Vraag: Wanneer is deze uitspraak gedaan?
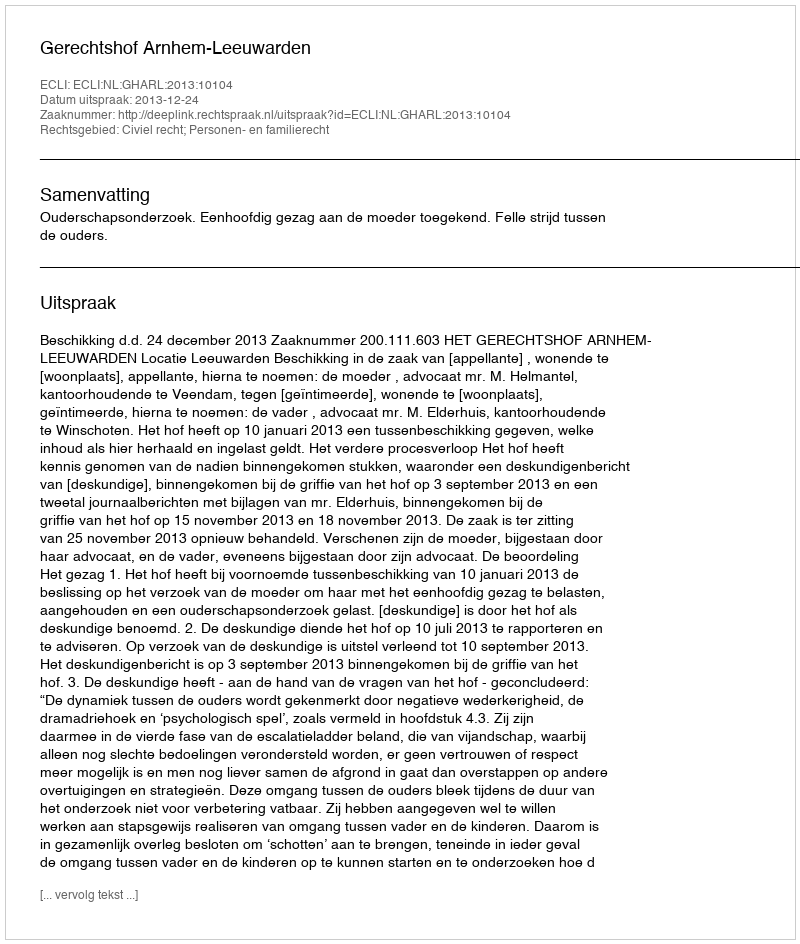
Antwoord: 2013-12-24